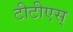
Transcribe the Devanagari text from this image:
टीटीएस्